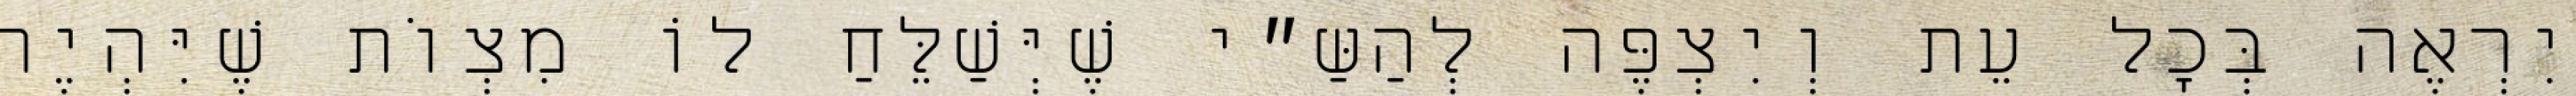
יִרְאֶה בְּכׇל עֵת וְיִצְפֶּה לְהַשַּ״י שֶׁיְּשַׁלֵּחַ לוֹ מִצְוֹת שֶׁיִּהְיֶה